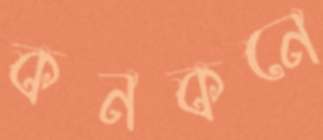
কনকনে